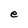
Character: e